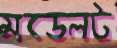
মডেলট